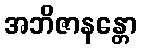
အဘိဇာနန္တော